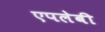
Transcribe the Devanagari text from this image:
एपलेबी